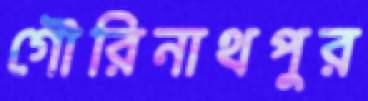
গৌরিনাথপুর